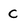
Character: C